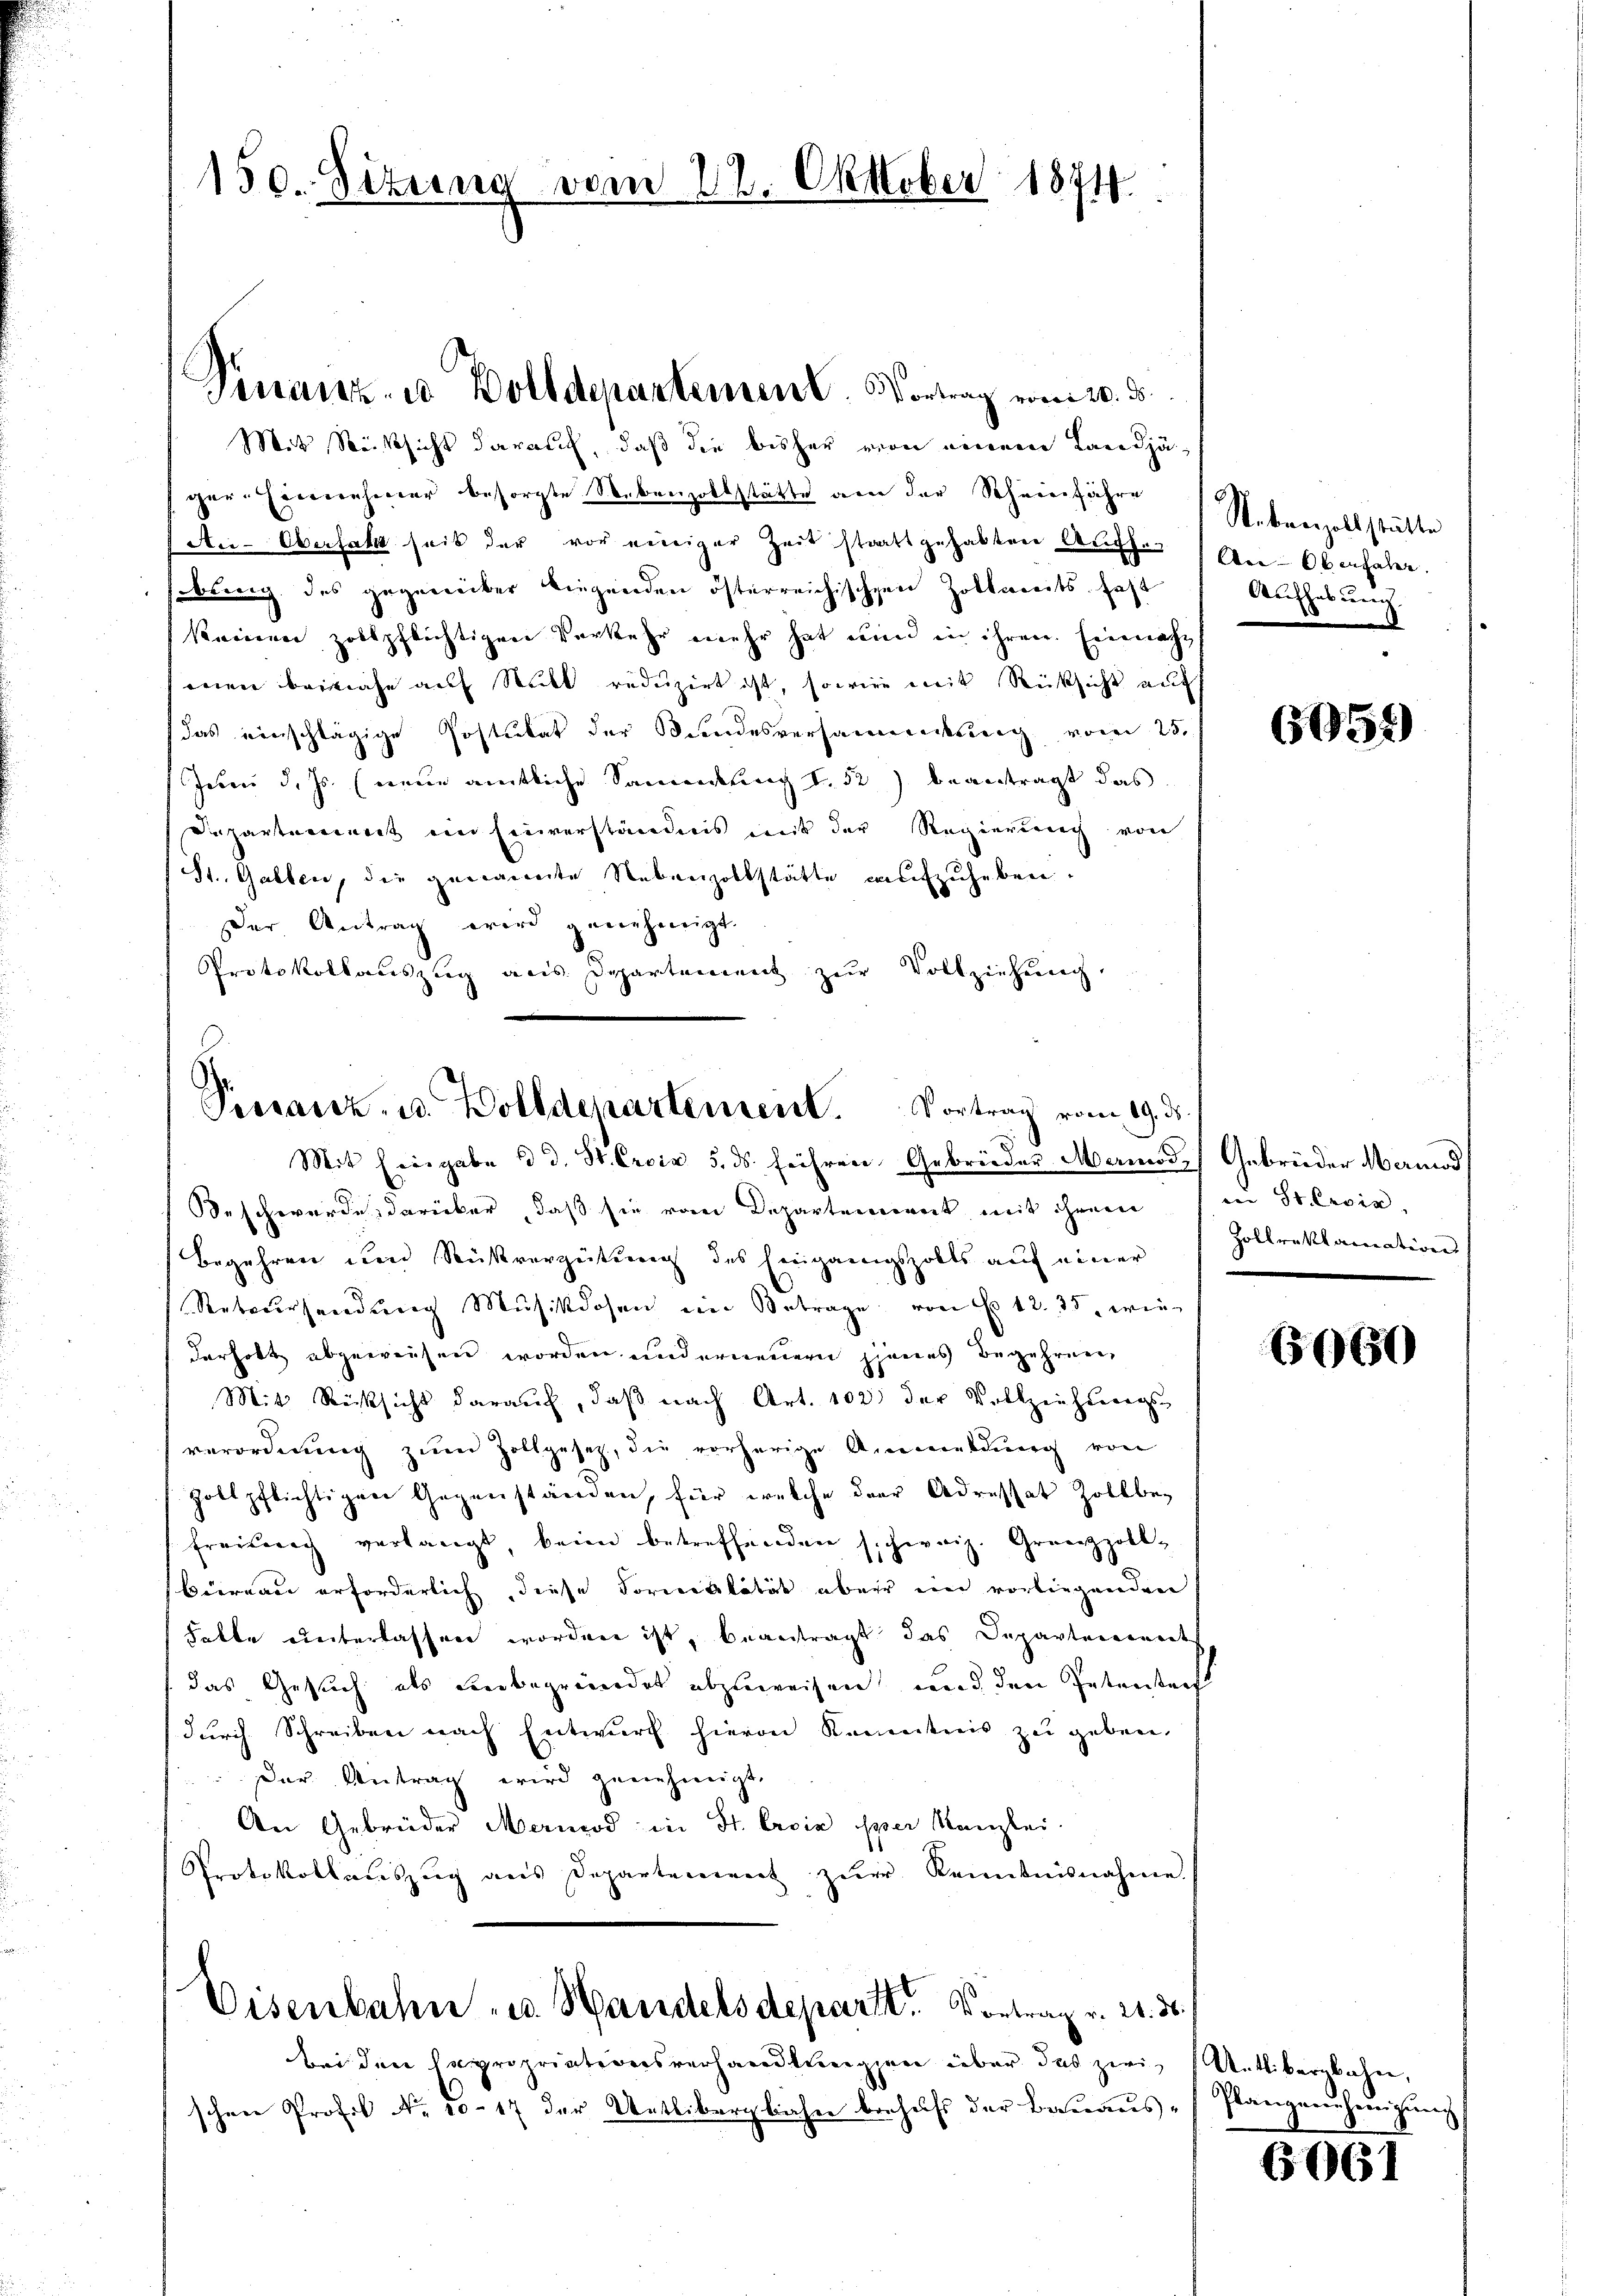
150. Situng vom 22. Oktober 1874

Mit Rücksicht darauf, daß die bisher von einem Landjäger. Hiernehmer besorgte Nebenzollstätte von der Schneerfahre
An-Oberfahr seit der vor einiger Zeit stattgehabten Aŭfh. (An-Oberhabe.
sobling des gegenüber liegenden österreichischen Zollseits fast
keinen zollpflichtigen Vorkehr mehr hat nun in ihren Einnaheen beinahe auf Stubt reduzirt ist, sowie mit Rücksicht auf
das einschlägige Postulat der Bundesversammlung vom 25.
Juni d. Js. (neue amtliche Sammlung I. 52) beantragt das
Departement ein Einverständnis mit der Regierung von
St. Gallen, die genannte Nebenzollstätte aufzuheben.
Der Antrag wird genehmigt.
Protokollauszug aus Departement zur Vollziehung

Finanz- u Bolldepartement. Vortrag vom 20. ds.

.
Pestanz, u. Zolldepartement. Vortrag vom 19.
Mit Eingabe d. d. St. Croix 5. ds. führen Gebrüeder Meriode Gebrüder Meriod

Beschwerde darüber, daß sie vom Departement mit ihrem (in St. Civi
Begehren den Rückverzeitung des Eingangszolts auf einer
Retersendung Mŭsikdosen im Betrage von No 12. 35, wie
derholt abgewiesen worden und erneuern jenes Begehren,
Mit Rücksicht darauf, daβ nach Art. 102 der Vollziehŭngs-
verordnung zŭm Zollgesetz, die vorherige Anmeldung von
zollpflichtigen Gegenständen, für welche der Adressat Zollbeg
Freitung verlangt, kein betreffenden schweiz. Grenzzoll-
büreau erforderlich, diese Forrektität aber ein vorliegenden
Falte unterlassen worden ist, beantragt das Departement
das Gesuch als Leibegründet abzuweisen und den Petensteif
dŭrch Schreiben nach Entwŭrf hievon Kemnitreis zu geben.
Der Antrag wird genehmigt.
An Gebrüder Meriod in St. Croix sper Kanzlei.
Protokollauszug aus Departement zŭr Kenntnisnahme.
Eisenbahne - u. Handelsdepart. Vortrag v. 21. d.

dri den Capropriationsverhandlungen über das zwischen Profil No 10-17 der Uetlibergbahn behufs der Bauaus-

Stebenzollstätte
Aufhebung.

6059)

ds.
Zollreklamation

6060

Uetlibergbahn,
Plangenehmigung

6061